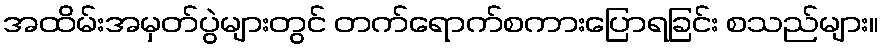
အထိမ်းအမှတ်ပွဲများတွင် တက်ရောက်စကားပြောရခြင်း စသည်များ။